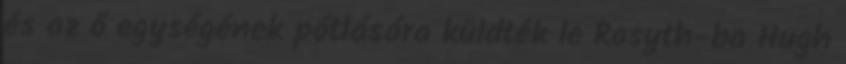
és az ő egységének pótlására küldték le Rosyth-ba Hugh